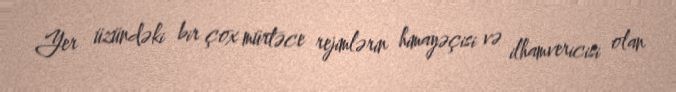
Yer üzündəki bir çox mürtəce rejimlərin himayəçisi və ilhamvericisi olan